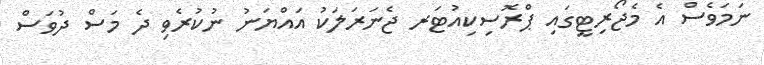
ނަމަވެސް އެ މެޖޯރިޓީގައި ޕްރޮސިކިއުޓަރ ޖެނަރަލަކު އައްޔަނު ނުކުރެވި ދެ މަސް ދުވަސް